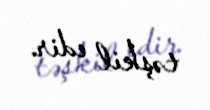
təşkil edir.